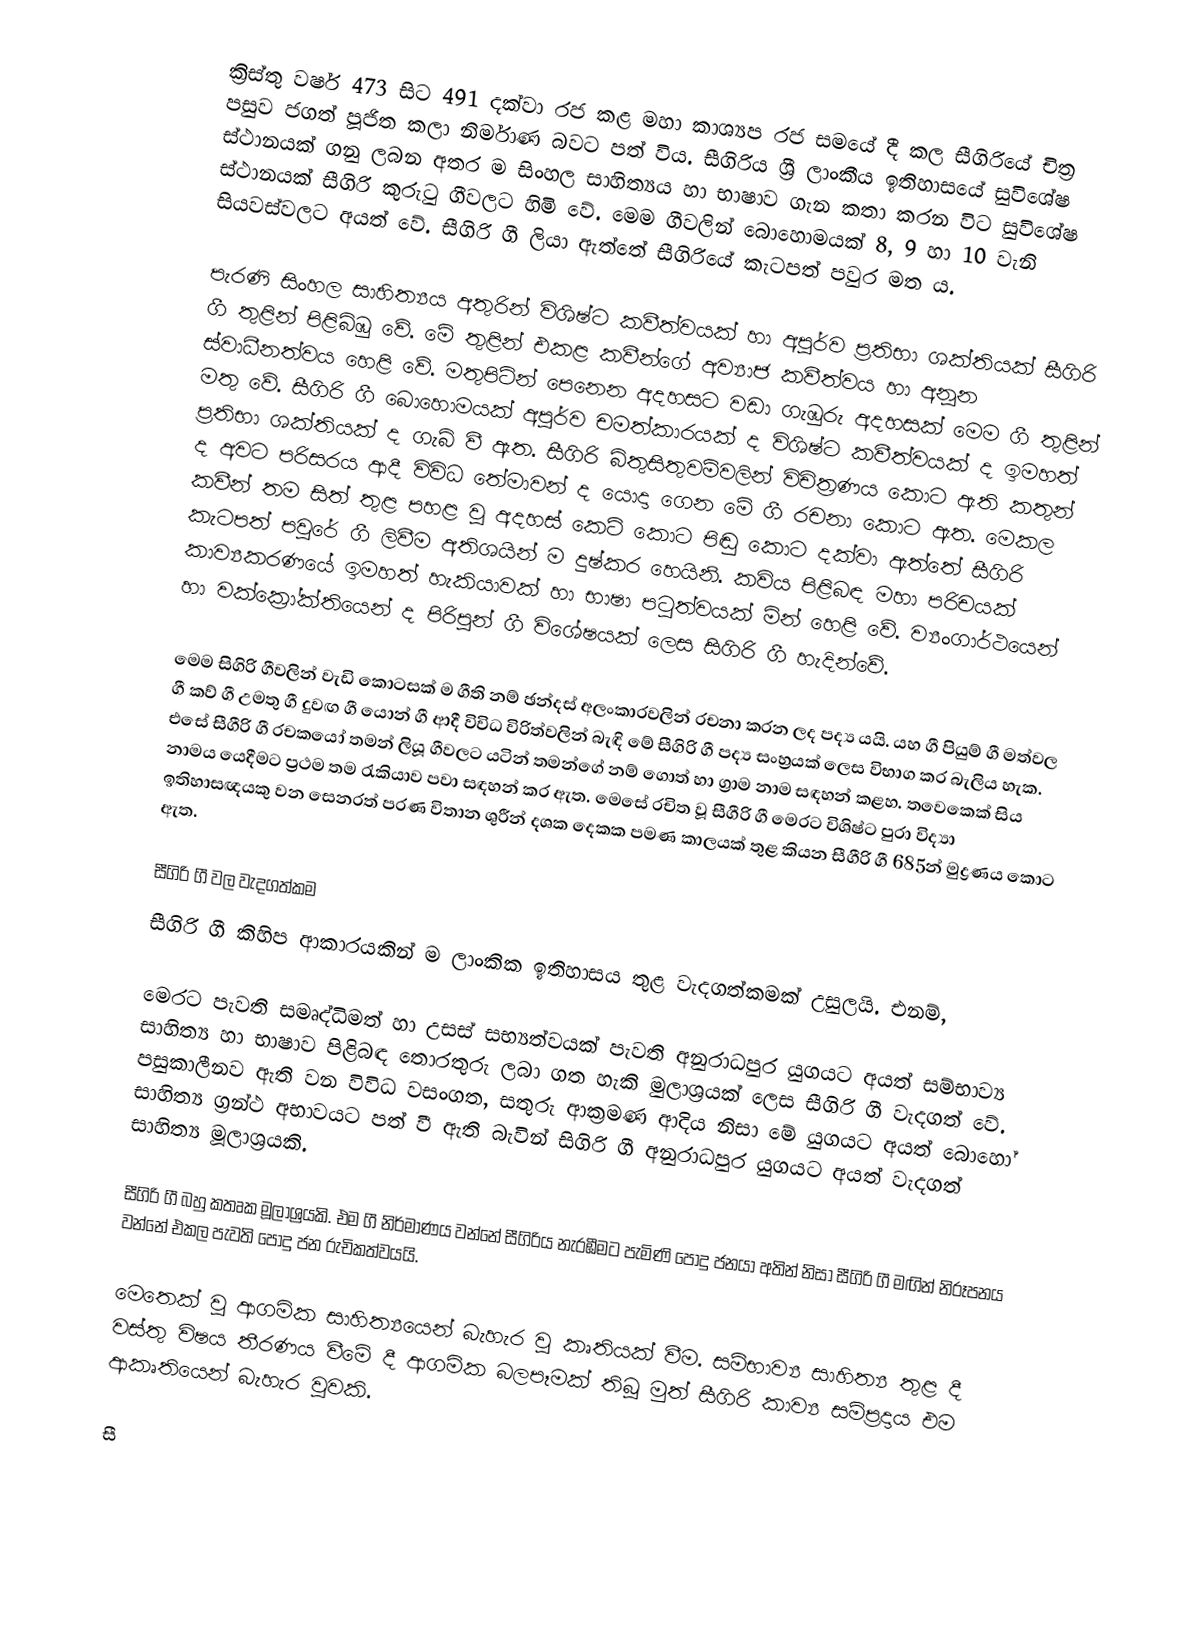
ක්‍රිස්තු වර්ෂ 473 සිට 491 දක්වා රජ කළ මහා කාශ්‍යප රජ සමයේ දී කල සීගිරියේ චිත්‍ර පසුව ජගත් පූජිත කලා නිර්මාණ බවට පත් විය. සීගිරිය ශ්‍රී ලාංකීය ඉතිහාස‍යේ සුවිශේෂ ස්ථානයක් ගනු ලබන අතර ම සිංහල සාහිත්‍යය හා භාෂාව ගැන කතා කරන විට සුවිශේෂ  ස්ථානයක් සීගිරි කුරුටු ගීවලට හිමි වේ. මෙම ගීවලින් බොහොමයක් 8, 9 හා 10 වැනි සියවස්වලට අයත් වේ. සීගිරි ගී ලියා ඇත්තේ සීගිරියේ කැටපත් පවුර මත ය.

පැරණි සිංහල සාහිත්‍යය අතුරින් විශිෂ්ට කවීත්වයක් හා අපුර්ව  ප්‍රතිභා ශක්තියක් සීගිරි ගී තුළින් පිළිබිඹු වේ. මේ තුළින් එකළ කවීන්ගේ අව්‍යාජ කවීත්වය හා අනූන ස්වාධීනත්වය හෙළි වේ. මතුපිටින් පෙනෙන අදහසට වඩා ගැඹුරු අදහසක් මෙම ගී තුළින් මතු වේ. සීගිරි ගී ‍‍බොහොමයක් අපුර්ව චමත්කාරයක් ද විශිෂ්ට කවීත්වයක් ද ඉමහත් ප්‍රතිභා ශක්තියක් ද ගැබ් වී ඇත. සීගිරි බිතුසිතුවම්වලින් විචිත්‍රණය කොට ඇති කතුන් ද අවට පරිසරය ආදී විවිධ තේමාවන් ද යොදා ගෙන මේ ගී රචනා කොට ඇත. මෙකල කවීන් තම සිත් තුළ පහළ වූ අදහස් කෙටි කොට පිඬු කොට දක්වා ඇත්තේ සීගිරි කැටපත් පවුරේ ගී ලිවීම අතිශයින් ම දුෂ්කර හෙයිනි. කවිය පිළිබඳ මහා පරිචයක් කාව්‍යකරණයේ ඉමහත් හැකියාවක් හා භාෂා පටුත්වයක් මින් හෙළි වේ. ව්‍යංගාර්ථයෙන් හා ව‍ක්ක්‍රෝක්තියෙන් ද පිරිපුන් ගී විශේෂයක් ලෙස සිගිරි ගී හැදින්වේ.

මෙම සිගිරි ගීවලින් වැඩි කොටසක් ම ගීති නම් ඡන්දස් අලංකාරවලින් රචනා කරන ලද පද්‍ය යයි. යහ ගී පියුම් ගී මත්වල ගී කව් ගී උමතු ගී දුවඟ ගී යොන් ගී ආදී විවිධ විරිත්වලින් බැඳි මේ සීගිරි ගී පද්‍ය සංහ්‍රයක් ලෙස විභාග කර බැලිය හැක. එසේ සීගීරි ගී රචකයෝ තමන් ලියූ ගීවලට යටින් තමන්ගේ නම් ගොත් හා ග්‍රාම නාම සඳහන් කළහ. තවෙකෙක් සිය නාමය යෙදීමට ප්‍රථම තම රැකියාව පවා සඳහන් කර ඇත. මෙසේ රචිත වූ සීගීරි ගී මෙරට විශිෂ්ට පුරා විද්‍යා ඉතිහාසඥයකු වන සෙනරත් පරණ විතාන ශුරීන් දශක දෙකක පමණ කාලයක් තුළ කියන සීගීරි ගී 685න් මුද්‍රණය කොට ඇත.

සීගිරි ගී වල වැදගත්කම
සීගිරි ගී කිහිප ආකාරයකින් ම ලාංකික ඉතිහාසය තුළ වැදගත්කමක් උසුලයි. එනම්,

මෙරට පැවති සමෘද්ධිමත් හා උසස් සභ්‍යත්වයක් පැවති අනුරාධපුර යුගයට අයත් සම්භාව්‍ය සාහිත්‍ය හා භාෂාව පිළිබඳ  තොරතුරු ලබා ගත හැකි මුලාශ්‍රයක් ලෙස සීගිරි ගී ‍වැදගත් වේ. පසුකාලීනව ඇති වන විවිධ වසංගත, සතුරු ආක්‍රමණ ආදිය  නිසා මේ යුගයට අයත් බොහෝ සාහිත්‍ය ග්‍රන්ථ අභාවයට පත් වී ඇති බැවින් සිගිරි ගී අනුරාධපුර යුගයට අයත් වැදගත් සාහිත්‍ය  මූලාශ්‍රයකි.

සීගිරි ගී බහු කතෘක මූලාශ්‍රයකි. එම ගී නිර්මාණය වන්නේ සීගිරිය නැරඹීමට පැමිණි පොදු ජනයා අතින් නිසා සීගිරි ගී මඟින්  නිරූපනය වන්නේ ‍එකල පැවති පොදු ජන රුචිකත්වයයි.

මෙතෙක් වු ආගමික සාහිත්‍යයෙන් බැහැර වු කෘතියක් වීම. සම්භාව්‍ය සාහිත්‍ය තුළ දී වස්තු විෂය තීරණය වීමේ දී ආගමික බලපෑමක් තිබූ මුත් සීගිරි කාව්‍ය සම්ප්‍රදාය එම ආකෘතියෙන් බැහැර වූවකි.

සී